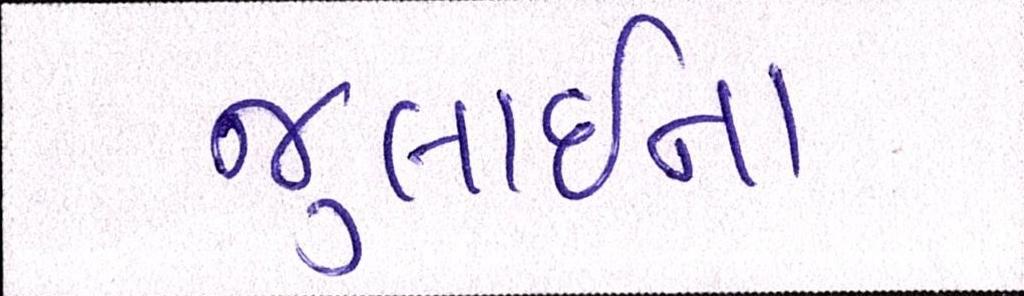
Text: જુલાઈના